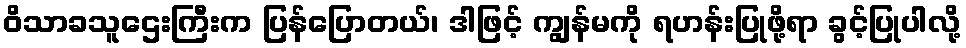
ဝိသာခသူဌေးကြီးက ပြန်ပြောတယ်၊ ဒါဖြင့် ကျွန်မကို ရဟန်းပြုဖို့ရာ ခွင့်ပြုပါလို့